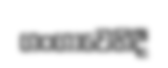
ගංගාවෙහිදී